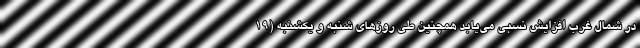
در شمال غرب افزایش نسبی می‌یابد همچنین طی روزهای شنبه و یکشنبه (۱۹